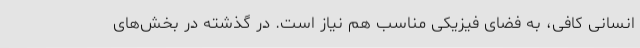
انسانی کافی، به فضای فیزیکی مناسب هم نیاز است. در گذشته در بخش‌های